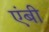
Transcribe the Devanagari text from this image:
एंबी